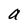
Character: a